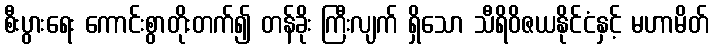
စီးပွားရေး ကောင်းစွာတိုးတက်၍ တန်ခိုး ကြီးလျက် ရှိသော သီရိဝိဇယနိုင်ငံနှင့် မဟာမိတ်